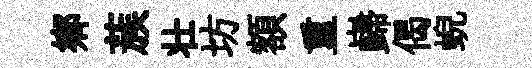
郷蔟壮坊額重巋偈蜺